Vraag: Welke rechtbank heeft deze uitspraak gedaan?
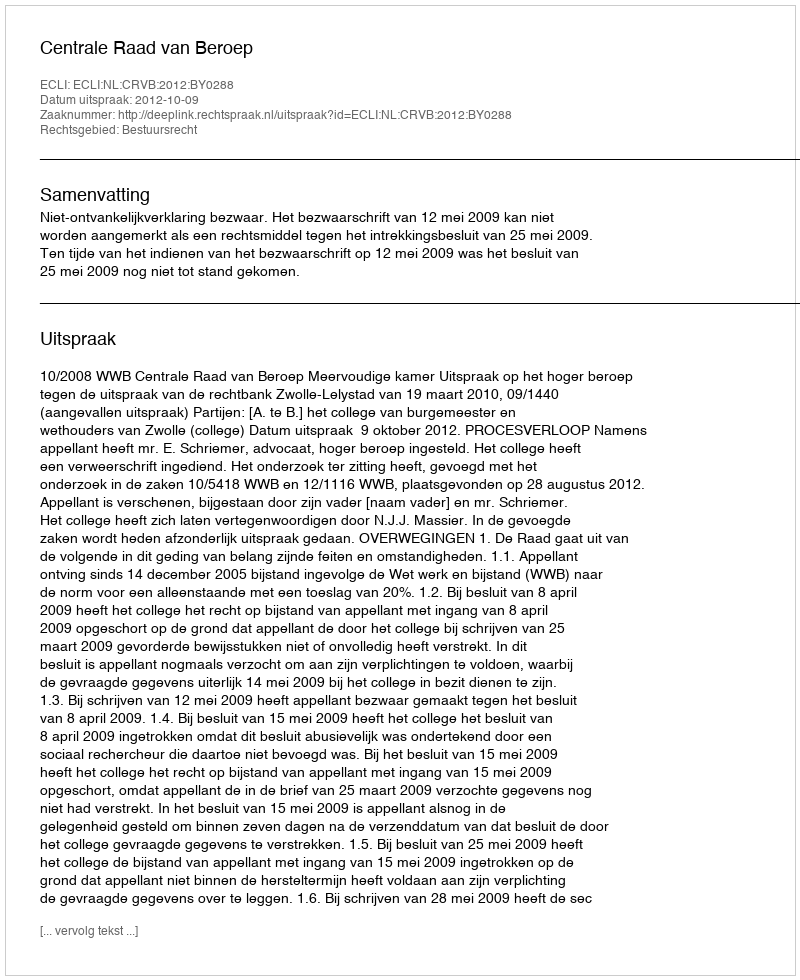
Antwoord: Centrale Raad van Beroep